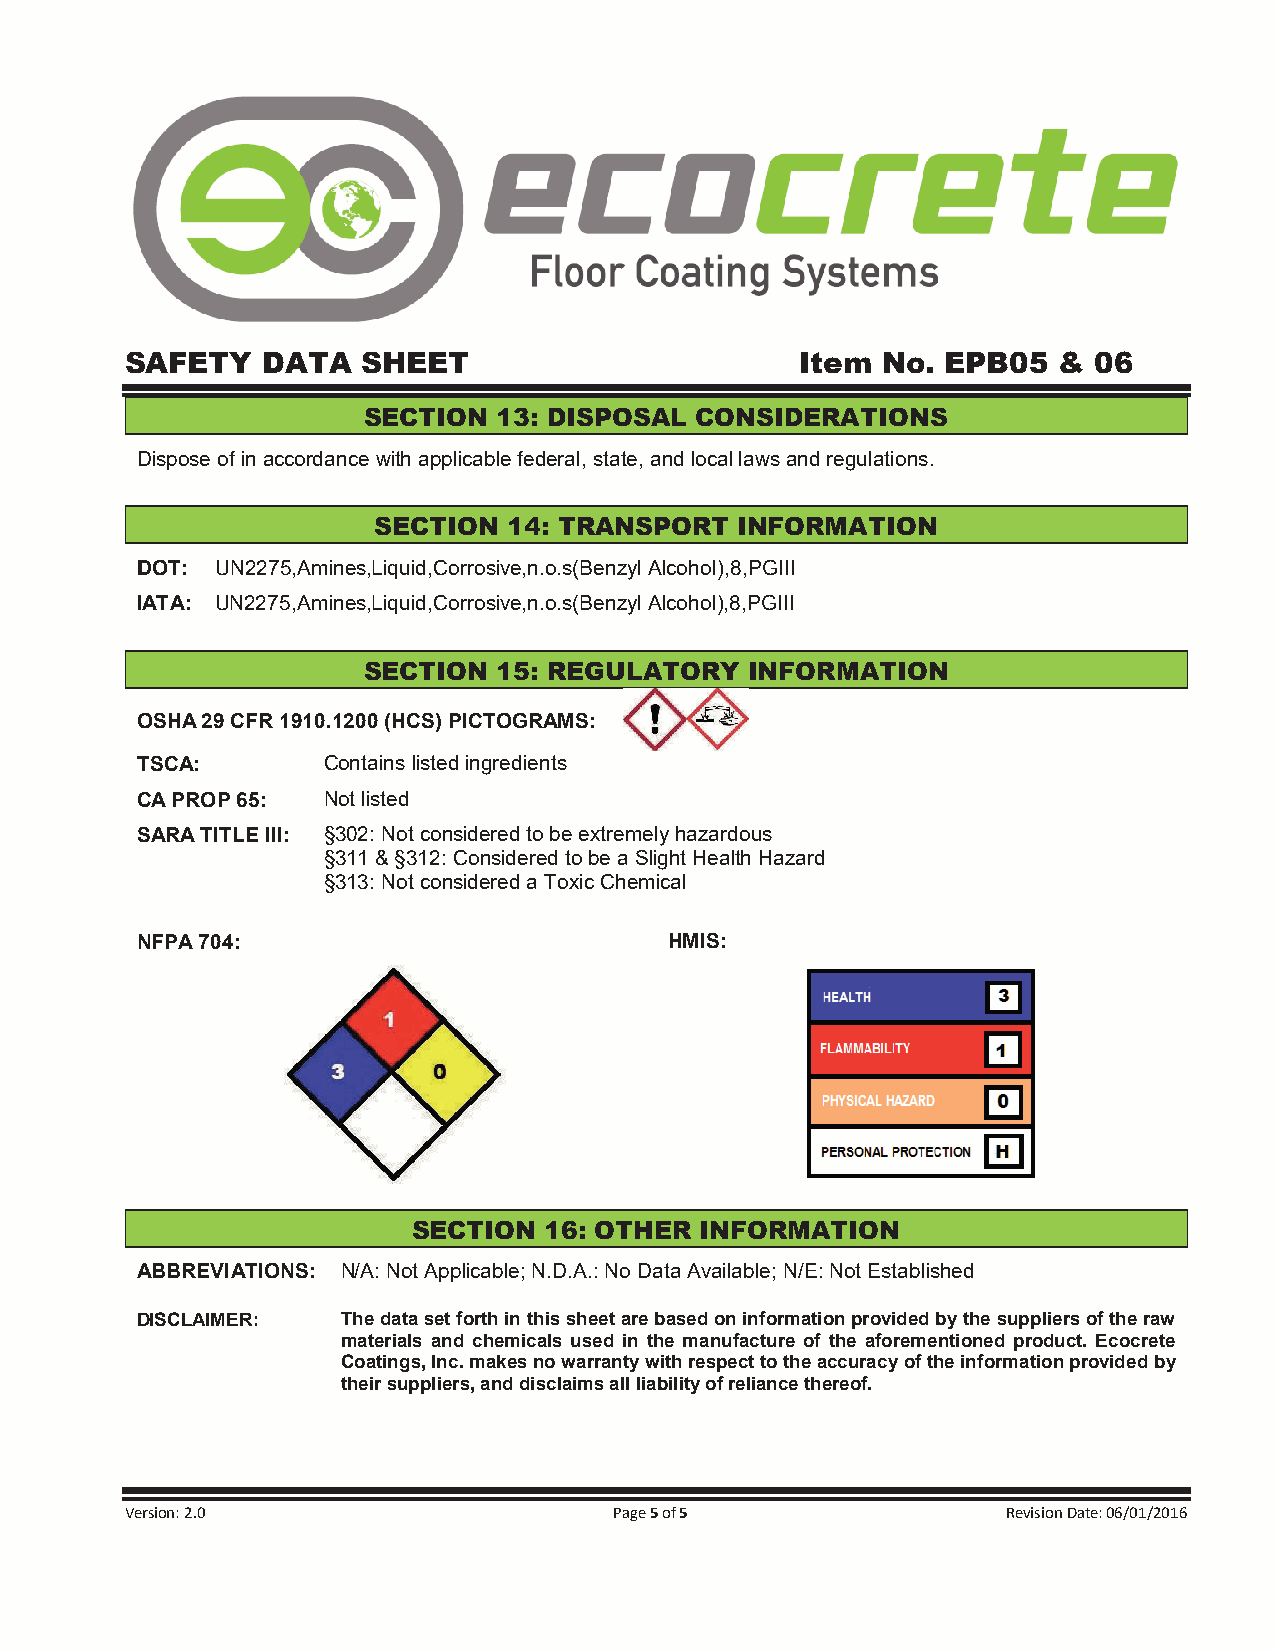
SAFETY   DATA   SHEET                        Item No.  EPB05  & 06
 SECTION  13: DISPOSAL CONSIDERATIONS
 Dispose of in accordance with applicable federal, state, and local laws and regulations.
 SECTION  14: TRANSPORT  INFORMATION
 DOT: UN2275,Amines,Liquid,Corrosive,n.o.s(Benzyl Alcohol),8,PGIII
 IATA: UN2275,Amines,Liquid,Corrosive,n.o.s(Benzyl Alcohol),8,PGIII
 SECTION  15: REGULATORY   INFORMATION
 OSHA 29 CFR 1910.1200 (HCS) PICTOGRAMS:
 TSCA:       Contains listed ingredients
 CA PROP 65: Not listed
 SARA TITLE III: §302: Not considered to be extremely hazardous
 §311 & §312: Considered to be a Slight Health Hazard
 §313: Not considered a Toxic Chemical
 NFPA 704:                          HMIS:
 SECTION  16: OTHER INFORMATION
 ABBREVIATIONS: N/A: Not Applicable; N.D.A.: No Data Available; N/E: Not Established
 DISCLAIMER:   The data set forth in this sheet are based on information provided by the suppliers of the raw
 materials and chemicals used in the manufacture of the aforementioned product. Ecocrete
 Coatings, Inc. makes no warranty with respect to the accuracy of the information provided by
 their suppliers, and disclaims all liability of reliance thereof.
 Version: 2.0                     Page 5 of 5               Revision Date: 06/01/2016